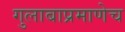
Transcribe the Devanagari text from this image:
गुलाबाप्रमाणेच